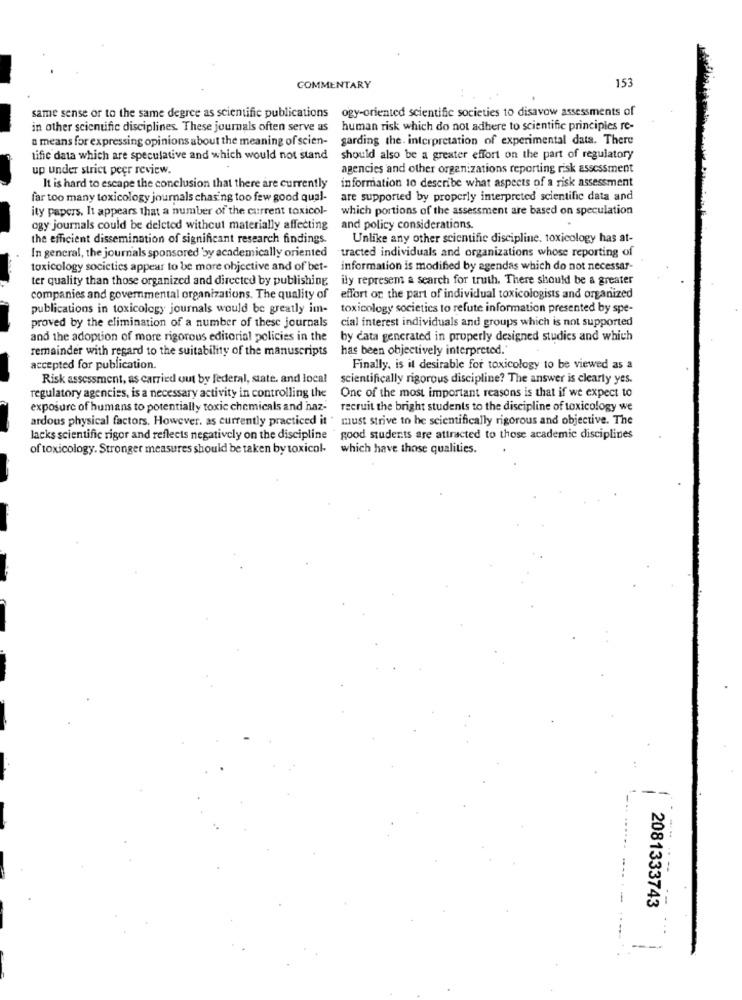
153
COMMENTARY
same sense or to the same degree as scientific publications ogy-oriented scientific societies to disavow assessments of
in other scientific disciplines. These journals often serve as
human risk which do not adhere to scientific principies re-
a means for expressing opinions about the meaning of scien-
garding the. interpretation of experimental data. There
tific data which are speculative and which would not stand
should also be a greater effort on the part of regulatory
up under strict peer review.
agencies and other organizations reporting risk assessment
information 10 describe what aspects of a risk assessment
It is hard to escape the conclusion that there are currently
far too many toxicology journals chasing too few good qual-
are supported by properly interpreted scientific data and
ity papers. It appears that a number of the current toxicol-
which portions of the assessment are based on speculation
ogy journals could be deleted withcut materially affecting
and policy considerations.
the efficient dissemination of significant research findings.
Unlike any other scientific discipline. toxicology has at-
In general, the journals sponsored 'sy academically oriented
tracted individuals and organizations whose reporting of
toxicology societies appear to be more objective and of bet-
information is modified by agendas which do not necessar-
ter quality than those organized and directed by publishing.
ily represent a search for truth. There should be a greater
companies and governmental organizations. The quality of
effort or the part of individual toxicologists and organized
publications in toxicology journals would be greatly im-
toxicology societics to refute information presented by spe-
proved by the elimination of a number of these journals
cial interest individuals and groups which is not supported
and the adoption of more rigorous editorial policies in the
by cata generated in properly designed studies and which
remainder with regard to the suitability of the manuscripts
has been objectively interpreted.
accepted for publication.
Finally, is it desirable for toxicology to be viewed as a
Risk assessment, as carried out by federal, state. and local
scientifically rigorous discipline? The answer is clearly yes.
One of the most important reasons is that if we expect to
regulatory agencies, is a necessary activity in controlling the
exposure of humans to potentially toxic chemicals and haz-
recruit the bright students to the discipline of toxicology we
ardous physical factors. However, as currently practiced it ' must strive to he scientifically rigorous and objective. The
lacks scientific rigor and reflects negatively on the discipline " good students are attracted to those academic disciplines
of toxicology. Stronger measures should be taken by toxicol-
which have those qualities.
2081333743